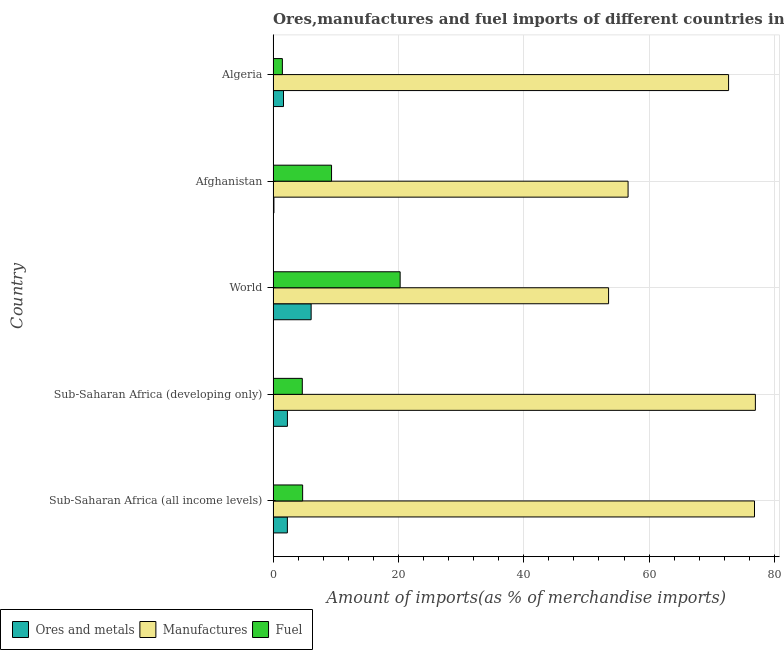
| Country | Ores and metals | Manufactures | Fuel |
 | --- | --- | --- | --- |
 | Sub-Saharan Africa (all income levels) | 2.27 | 76.8 | 4.71 |
 | Sub-Saharan Africa (developing only) | 2.28 | 77 | 4.66 |
 | World | 6.07 | 53.5 | 20.3 |
 | Afghanistan | 0.127 | 56.6 | 9.33 |
 | Algeria | 1.66 | 72.7 | 1.48 |